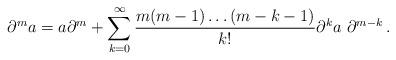
LaTeX: \begin{align*}\partial^m a = a \partial^m + \sum_{k=0}^\infty{m(m-1) \ldots (m-k-1) \over k!} \partial^k a \,\, \partial^{m-k}\,.\end{align*}